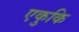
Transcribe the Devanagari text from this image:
एकुकि